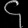
Digit: ၄